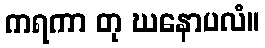
ကရကာ တု ဃနောပလံ။